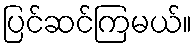
ပြင်ဆင်ကြမယ်။